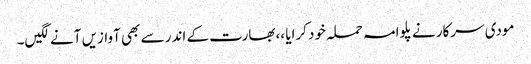
مودی سرکار نے پلوامہ حملہ خود کرایا ،،بھارت کے اندر سے بھی آوازیں آنے لگیں۔